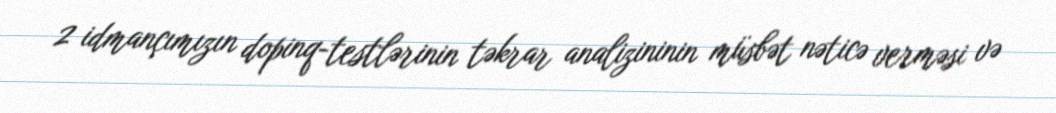
2 idmançımızın dopinq-testlərinin təkrar analizininin müsbət nəticə verməsi və